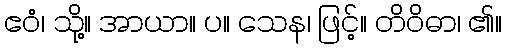
ဧဝံ၊ သို့။ အာယာ။ ပ။ သေန၊ ဖြင့်။ တိဝိဓာ၊ ၏။